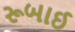
રૂબાઈ